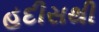
હદીસથી